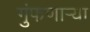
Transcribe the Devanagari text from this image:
गुंफणार्‍या